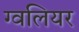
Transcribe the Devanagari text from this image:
ग्वलियर